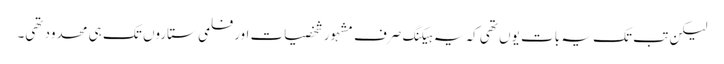
لیکن تب تک یہ بات یوں تھی کہ یہ ہیکنگ صرف مشہور شخصیات اور فلمی ستاروں تک ہی محدود تھی۔